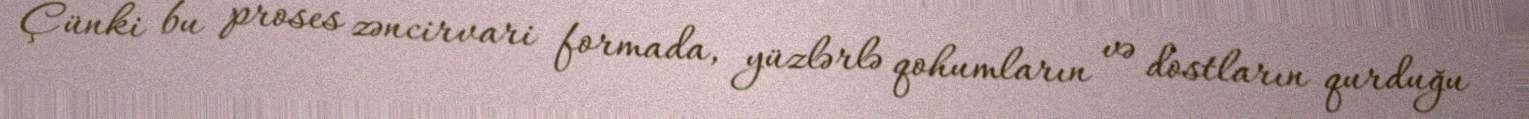
Çünki bu proses zəncirvari formada, yüzlərlə qohumların və dostların qurduğu